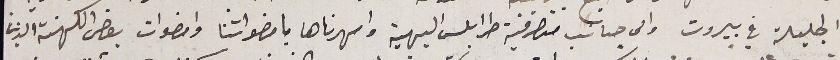
الجليلة في بيروت والى جانب متصرفية طرابلس البهية وامهرناها بامضواتنا وامضوات بعض الكهنة الذين